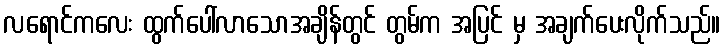
လရောင်ကလေး ထွက်ပေါ်လာသောအချိန်တွင် တွမ်က အပြင် မှ အချက်ပေးလိုက်သည်။